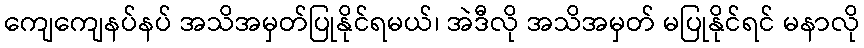
ကျေကျေနပ်နပ် အသိအမှတ်ပြုနိုင်ရမယ်၊ အဲဒီလို အသိအမှတ် မပြုနိုင်ရင် မနာလို